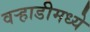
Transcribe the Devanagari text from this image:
वर्‍हाडीमध्ये